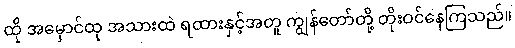
ထို အမှောင်ထု အသားထဲ ရထားနှင့်အတူ ကျွန်တော်တို့ တိုးဝင်နေကြသည်။